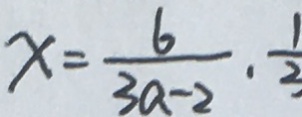
x = \frac { 6 } { 3 a - 2 } \cdot \frac { 1 } { 3 }